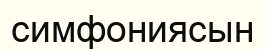
симфониясын